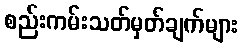
စည်းကမ်းသတ်မှတ်ချက်များ